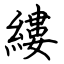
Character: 縷